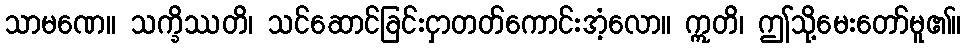
သာမဏေ။ သက္ခိဿတိ၊ သင်ဆောင်ခြင်းငှာတတ်ကောင်းအံ့လော။ ဣတိ၊ ဤသို့မေးတော်မူ၏။